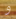
و